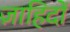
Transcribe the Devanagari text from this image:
ज़ाहिदों